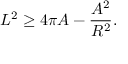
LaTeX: L ^ { 2 } \geq 4 \pi A - { \frac { A ^ { 2 } } { R ^ { 2 } } } .